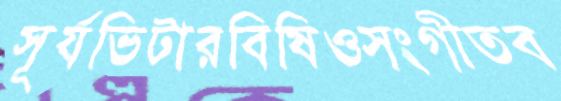
সূর্যভিটারবিষিওসংগীতব